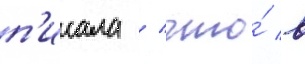
п'исала / что́ в